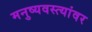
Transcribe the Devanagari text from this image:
मनुष्यवस्त्यांवर